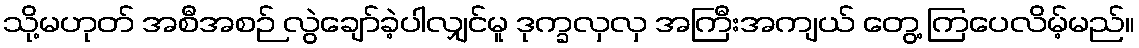
သို့မဟုတ် အစီအစဉ် လွဲချော်ခဲ့ပါလျှင်မူ ဒုက္ခလှလှ အကြီးအကျယ် တွေ့ ကြပေလိမ့်မည်။